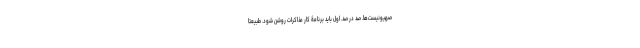
صهیونیست‌ها. صد در صد. اول باید برنامۀ کار مذاکرات روشن شود. طبیعتا